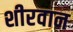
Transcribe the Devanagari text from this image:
शीरवान